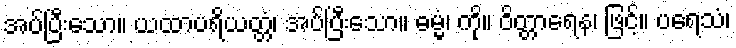
အပ်ပြီးသော။ ယထာပရိယတ္တံ၊ အပ်ပြီးသော။ ဓမ္မံ၊ ကို။ ဝိတ္တာရေန၊ ဖြင့်။ ပရေသံ၊